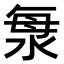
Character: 𣴴